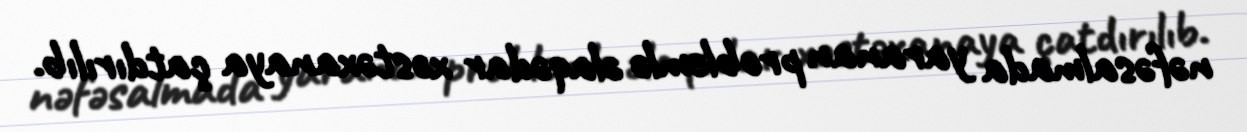
nəfəsalmada yaranan problemlə əlaqədar xəstəxanaya çatdırılıb.